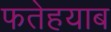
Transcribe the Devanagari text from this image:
फतेहयाब